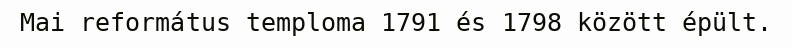
Mai református temploma 1791 és 1798 között épült.